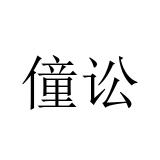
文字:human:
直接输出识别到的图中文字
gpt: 僮讼